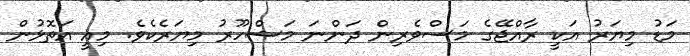
މަޑު މިޔަރު އަކީ ރާއްޖޭގެ މަސްވެރިން ދަންނަ މަޝްހޫރު މިޔަރެކެވެ. މިއީ އަތޮޅުން